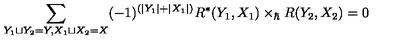
\sum _ { Y _ { 1 } \sqcup Y _ { 2 } = Y , X _ { 1 } \sqcup X _ { 2 } = X } ( - 1 ) ^ { ( | Y _ { 1 } | + | X _ { 1 } | ) } R ^ { * } ( Y _ { 1 } , X _ { 1 } ) \times _ { \hbar } R ( Y _ { 2 } , X _ { 2 } ) = 0